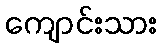
ကျောင်းသား